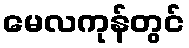
မေလကုန်တွင်